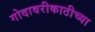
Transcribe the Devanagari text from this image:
गोदावरीकाठीच्या